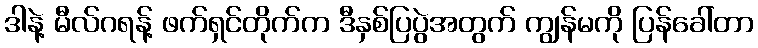
ဒါနဲ့ မီလ်ဂရန့် ဖက်ရှင်တိုက်က ဒီနှစ်ပြပွဲအတွက် ကျွန်မကို ပြန်ခေါ်တာ